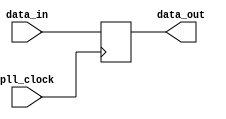
module data_delay (pll_clock, data_in, data_out);

parameter WIDTH = 32;
// signals for connecting to the Avalon fabric 
input pll_clock;
input [WIDTH-1:0] data_in;
output [WIDTH-1:0] data_out;

(* altera_attribute = "-name AUTO_SHIFT_REGISTER_RECOGNITION OFF" *) (* preserve="true" *) reg [WIDTH-1:0] data_out;

always@(posedge pll_clock) begin
	data_out <= data_in;
end

endmodule